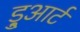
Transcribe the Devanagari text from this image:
डु्आर्ट